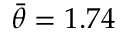
\bar { \theta } = 1 . 7 4